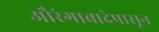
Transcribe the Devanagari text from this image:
औरंगाबादेपासून